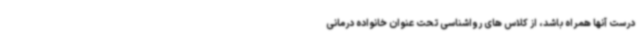
درست آنها همراه باشد، از کلاس های رواشناسی تحت عنوان خانواده درمانی